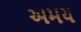
અમય